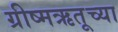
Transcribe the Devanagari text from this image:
ग्रीष्मऋतूच्या